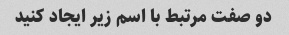
دو صفت مرتبط با اسم زیر ایجاد کنید